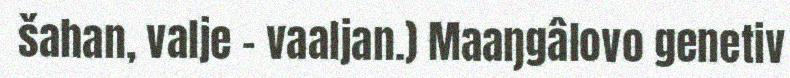
šahan, valje – vaaljan.) Maaŋgâlovo genetiv